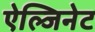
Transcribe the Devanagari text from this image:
ऐल्जिनेट